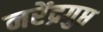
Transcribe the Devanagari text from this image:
नरेंद्रगुप्त